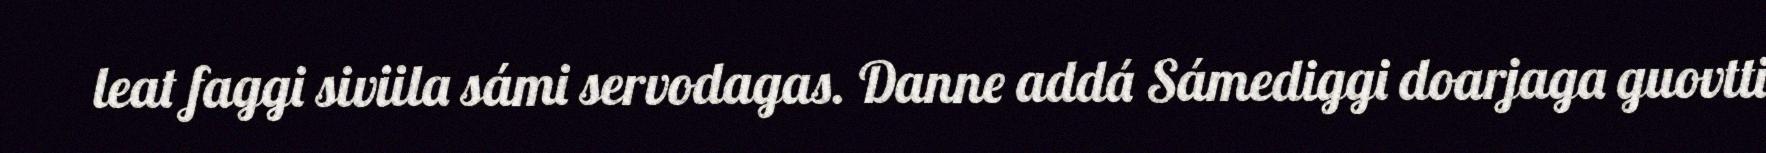
leat faggi siviila sámi servodagas. Danne addá Sámediggi doarjaga guovtti